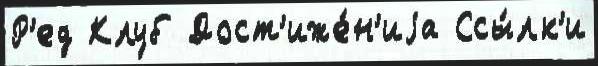
Р'ед Клуб Дост'иже́н'иjа Ссы́лк'и